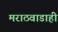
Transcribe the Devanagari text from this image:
मराठवाडाही